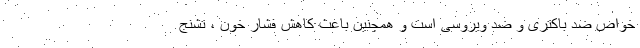
خواص ضد باکتری و ضد ویروسی است و همچنین باعث کاهش فشار خون ، تشنج